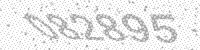
Solution: 082895